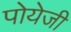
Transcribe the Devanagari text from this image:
पोयेजी